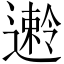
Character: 𫑅